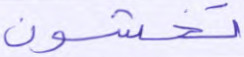
تخشون